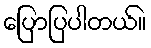
ပြောပြပါတယ်။